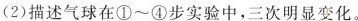
(2)描述气球在①~④步实验中，三次明显变化。